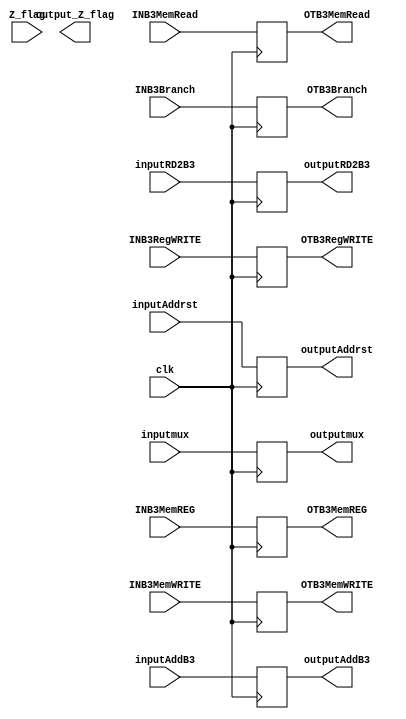
`timescale 1ns/1ns
//1.Creacion del modulo 
//Declaracion del modulo con sus entradas y salidas 
module buffer3
	(
	//UNIDAD DE CONTROL
	//ENTRADAS
	//WB
	input INB3MemREG,
	input INB3RegWRITE,
	//M
	input INB3Branch,
	input INB3MemWRITE,
	input INB3MemRead,
	//RESTO
	input clk,
	input [31:0] inputAddB3,
	input Z_flag,
  	input [31:0] inputAddrst,
	input [31:0] inputRD2B3,
	input [4:0] inputmux,
	//UNIDAD DE CONTROL
	//SALIDAS
	//WB
	output reg OTB3MemREG,
	output reg OTB3RegWRITE,
	//M
	output reg OTB3Branch,
	output reg OTB3MemWRITE,
	output reg OTB3MemRead,
	//RESTO
	output reg [31:0] outputAddB3,
	output reg [31:0] outputAddrst,
	output reg [31:0] outputRD2B3,
	output reg output_Z_flag,
	output reg [4:0] outputmux
	
	);
//declaracion de seales y variables 
	//NA
//2.Declaraciones
	//N/A
//3.Cuerpo del modulo--------
// asignaciones
	//NA	
//instancias
	//N/A
//Bloques always 
/*Deteccion de flanco: sirve para que un proceso solo se ejecute 
en determinados flancos de reloj de una o mas seales de entrada*/
//posedge detecta el flanco de subida
	always @(posedge clk)
	begin
		OTB3MemREG = INB3MemREG;
		OTB3RegWRITE = INB3RegWRITE;
		OTB3Branch = INB3Branch;
		OTB3MemWRITE = INB3MemWRITE;
		OTB3MemRead = INB3MemRead;
		outputAddB3 = inputAddB3;
		outputAddrst = inputAddrst;
		outputRD2B3 = inputRD2B3;
		outputmux = inputmux;
	end
endmodule